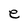
Character: e